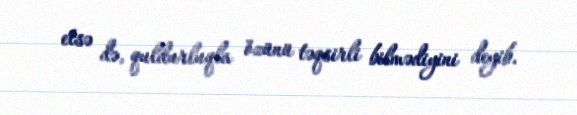
etsə də, quldurluqla özünü təqsirli bilmədiyini deyib.